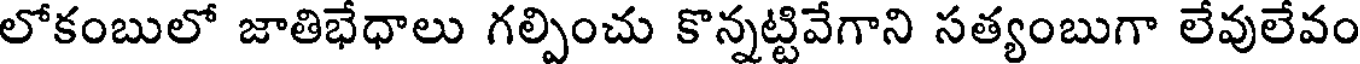
లోకంబులో జాతిభేధాలు గల్పించు కొన్నట్టివేగాని సత్యంబుగా లేవులేవం